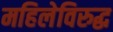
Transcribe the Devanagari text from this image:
महिलेविरुद्ध